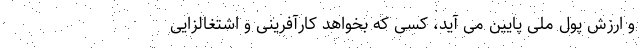
و ارزش پول ملی پایین می آید، کسی که بخواهد کارآفرینی و اشتغالزایی